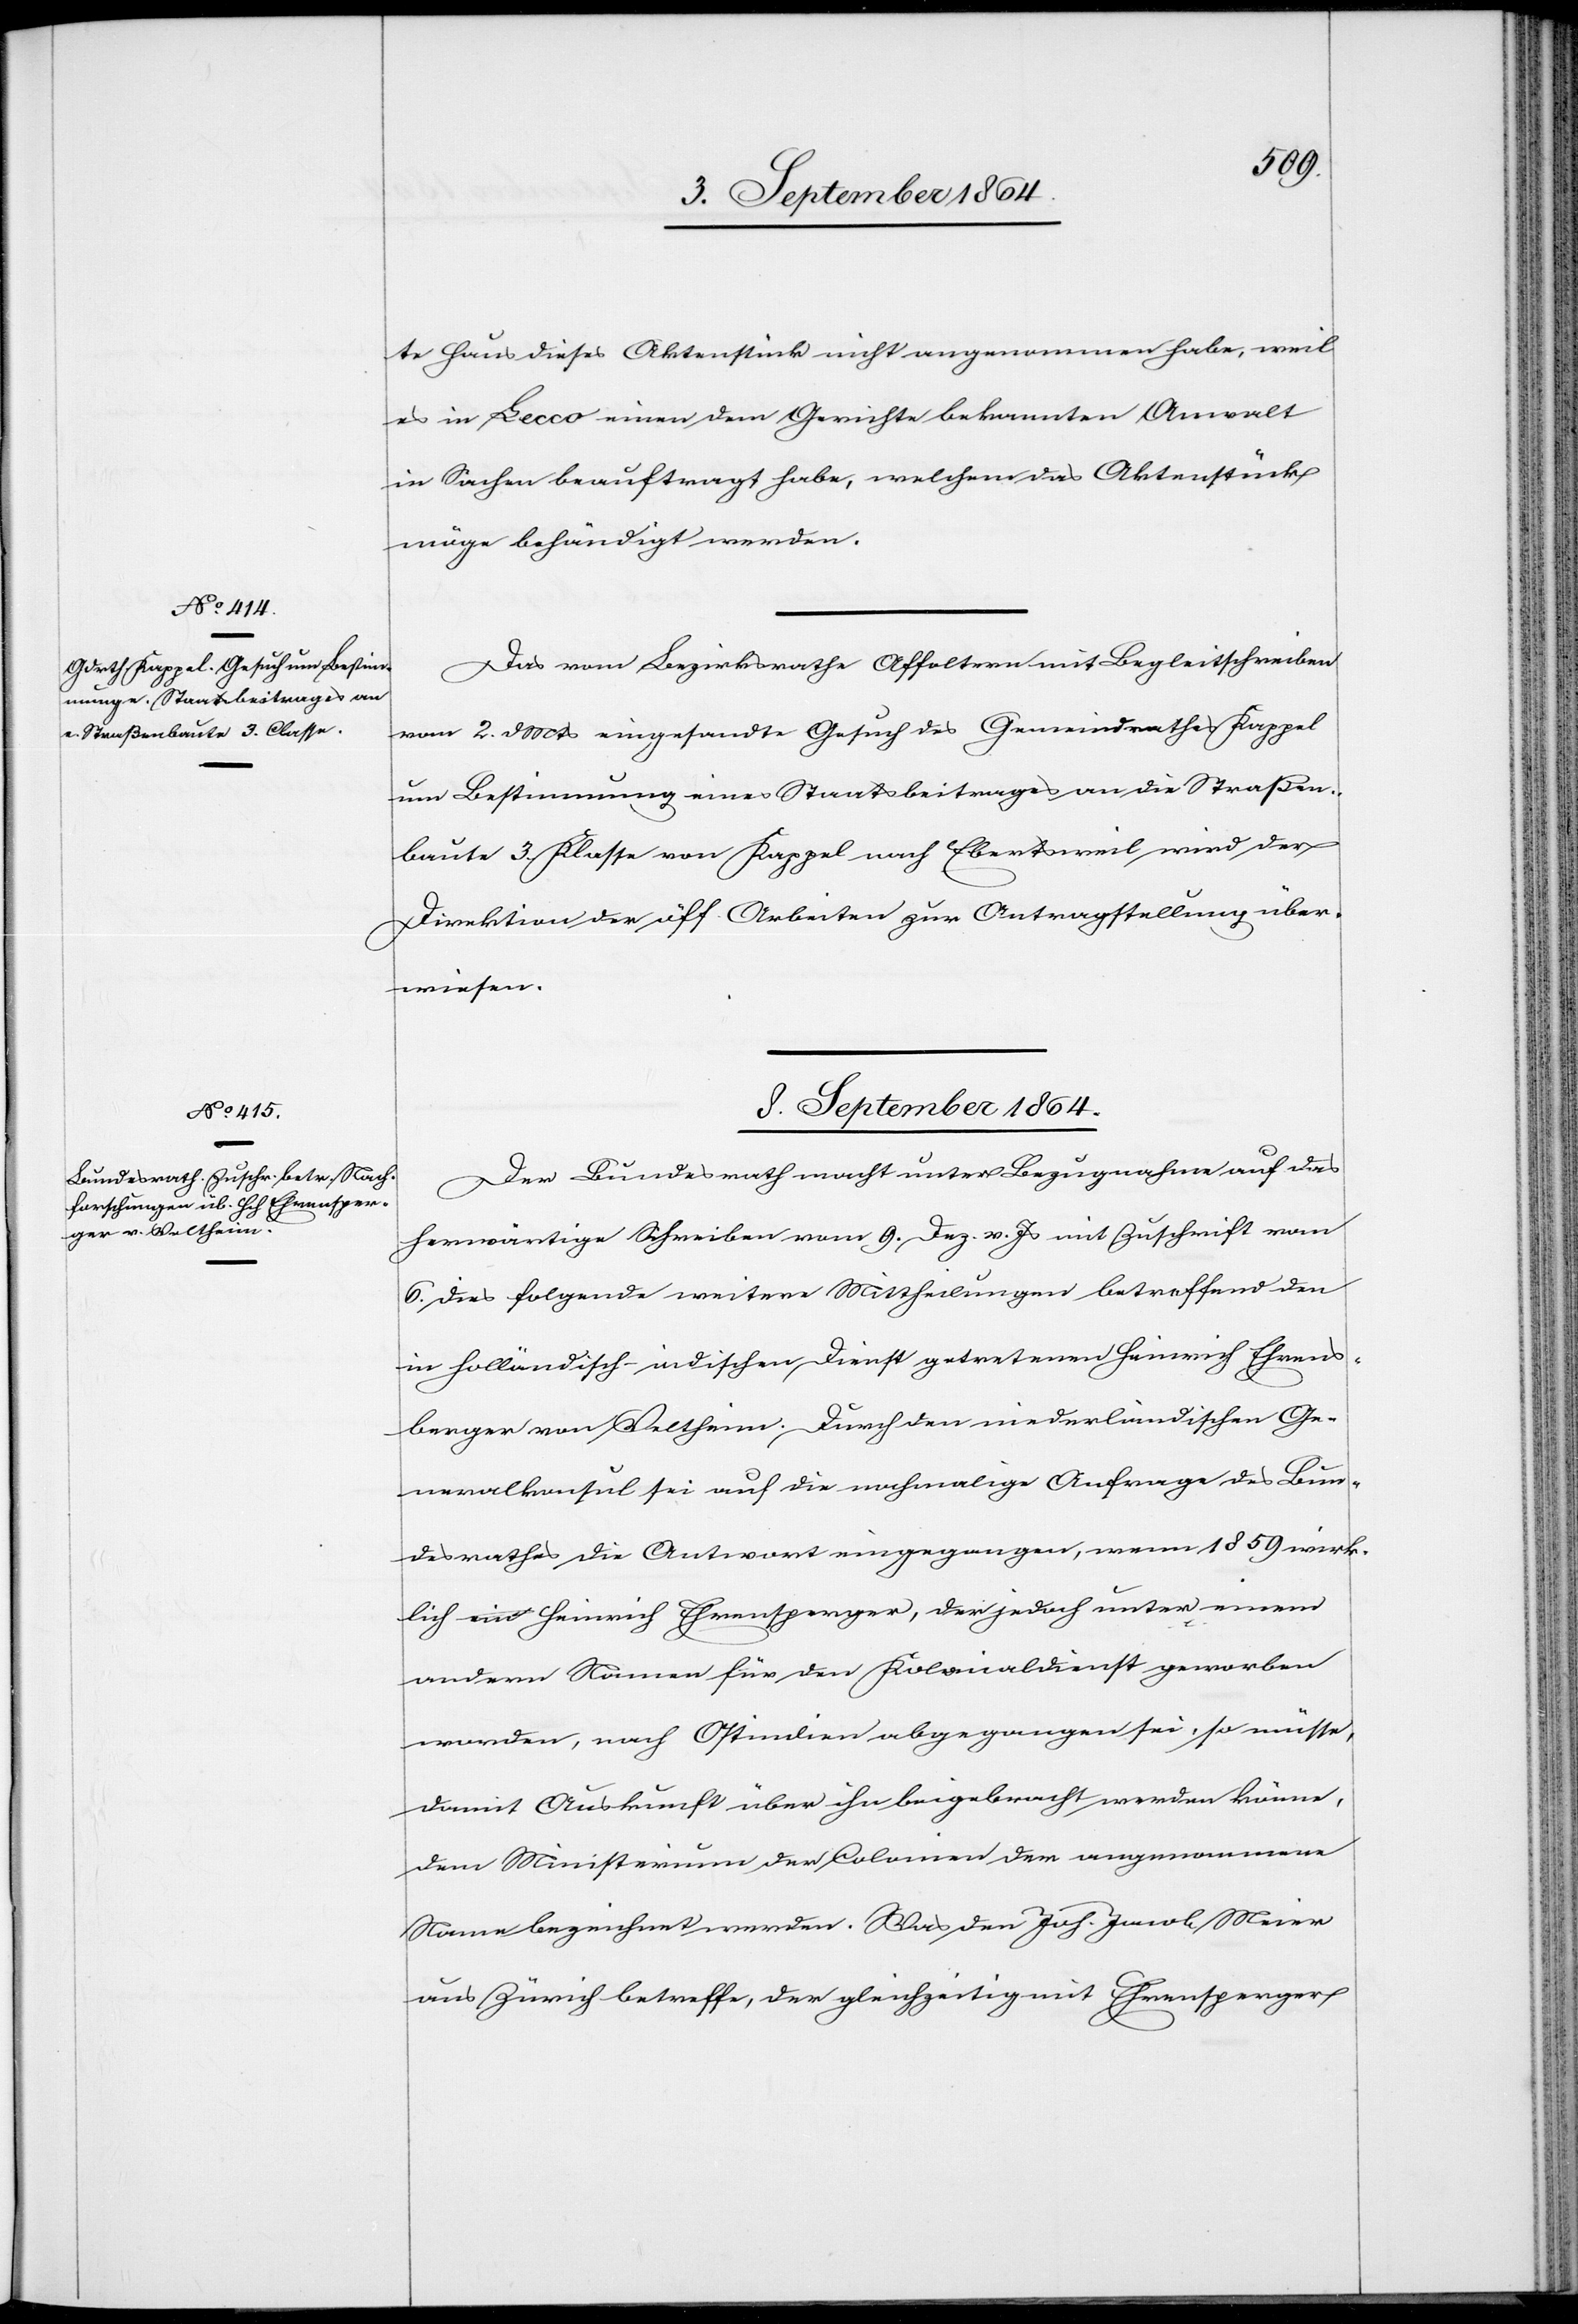
7. September 1864.]
te Haus dieses Aktenstück nicht angenommen habe, weil
es in Lecco einen dem Gerichte bekannten Anwalt
in Sachen beauftragt habe, welchem das Aktenstück
möge behändigt werden.
Das vom Bezirksrathe Affoltern mit Begleitschreiben
vom 2. d. Mts eingesandte Gesuch des Gemeindrathes Kappel
um Bestimmung eines Staatsbeitrages an die Straßen¬
baute 3. Klasse von Kappel nach Ebertsweil wird der
Direktion der öff. Arbeiten zur Antragstellung über¬
wiesen.
8. September 1864.
Der Bundesrath macht unter Bezugnahme auf das
herwärtige Schreiben vom 9. Dez. v. Js mit Zuschrift vom
6. dies folgende weitere Mittheilungen betreffend den
in holländisch-indischen Dienst getretenen Heinrich Ehrens¬
berger von Veltheim. Durch den niederländischen Ge¬
neralkonsul sei auf die nochmalige Anfrage des Bun¬
desrathes die Antwort eingegangen, wenn 1859 wirk¬
lich ein Heinrich Ehrensperger [sic!], der jedoch unter einem
anderen Namen für den Kolonialdienst geworben
worden, nach Ostindien abgegangen sei, so müsse,
damit Auskunft über ihn beigebracht werden könne,
dem Ministerium der Colonien der angenommene
Name bezeichnet werden. Was den Joh. Jacob Meier
aus Zürich betreffe, der gleichzeitig mit Ehrensperger